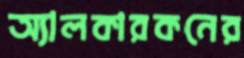
অ্যালকারকনের